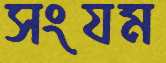
সংযম